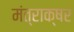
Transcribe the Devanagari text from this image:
मंत्राक्षर